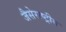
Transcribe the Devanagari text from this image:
जैसेराष्ट्रीय